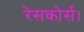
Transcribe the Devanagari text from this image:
रेसकोर्स।